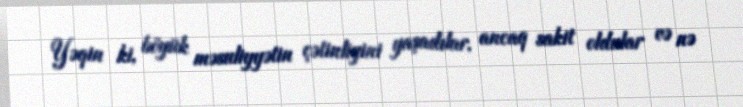
Yəqin ki, böyük məsuliyyətin çətinliyini yaşadılar, ancaq sakit oldular və nə